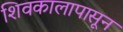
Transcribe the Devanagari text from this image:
शिवकालापासून